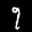
Label: 9